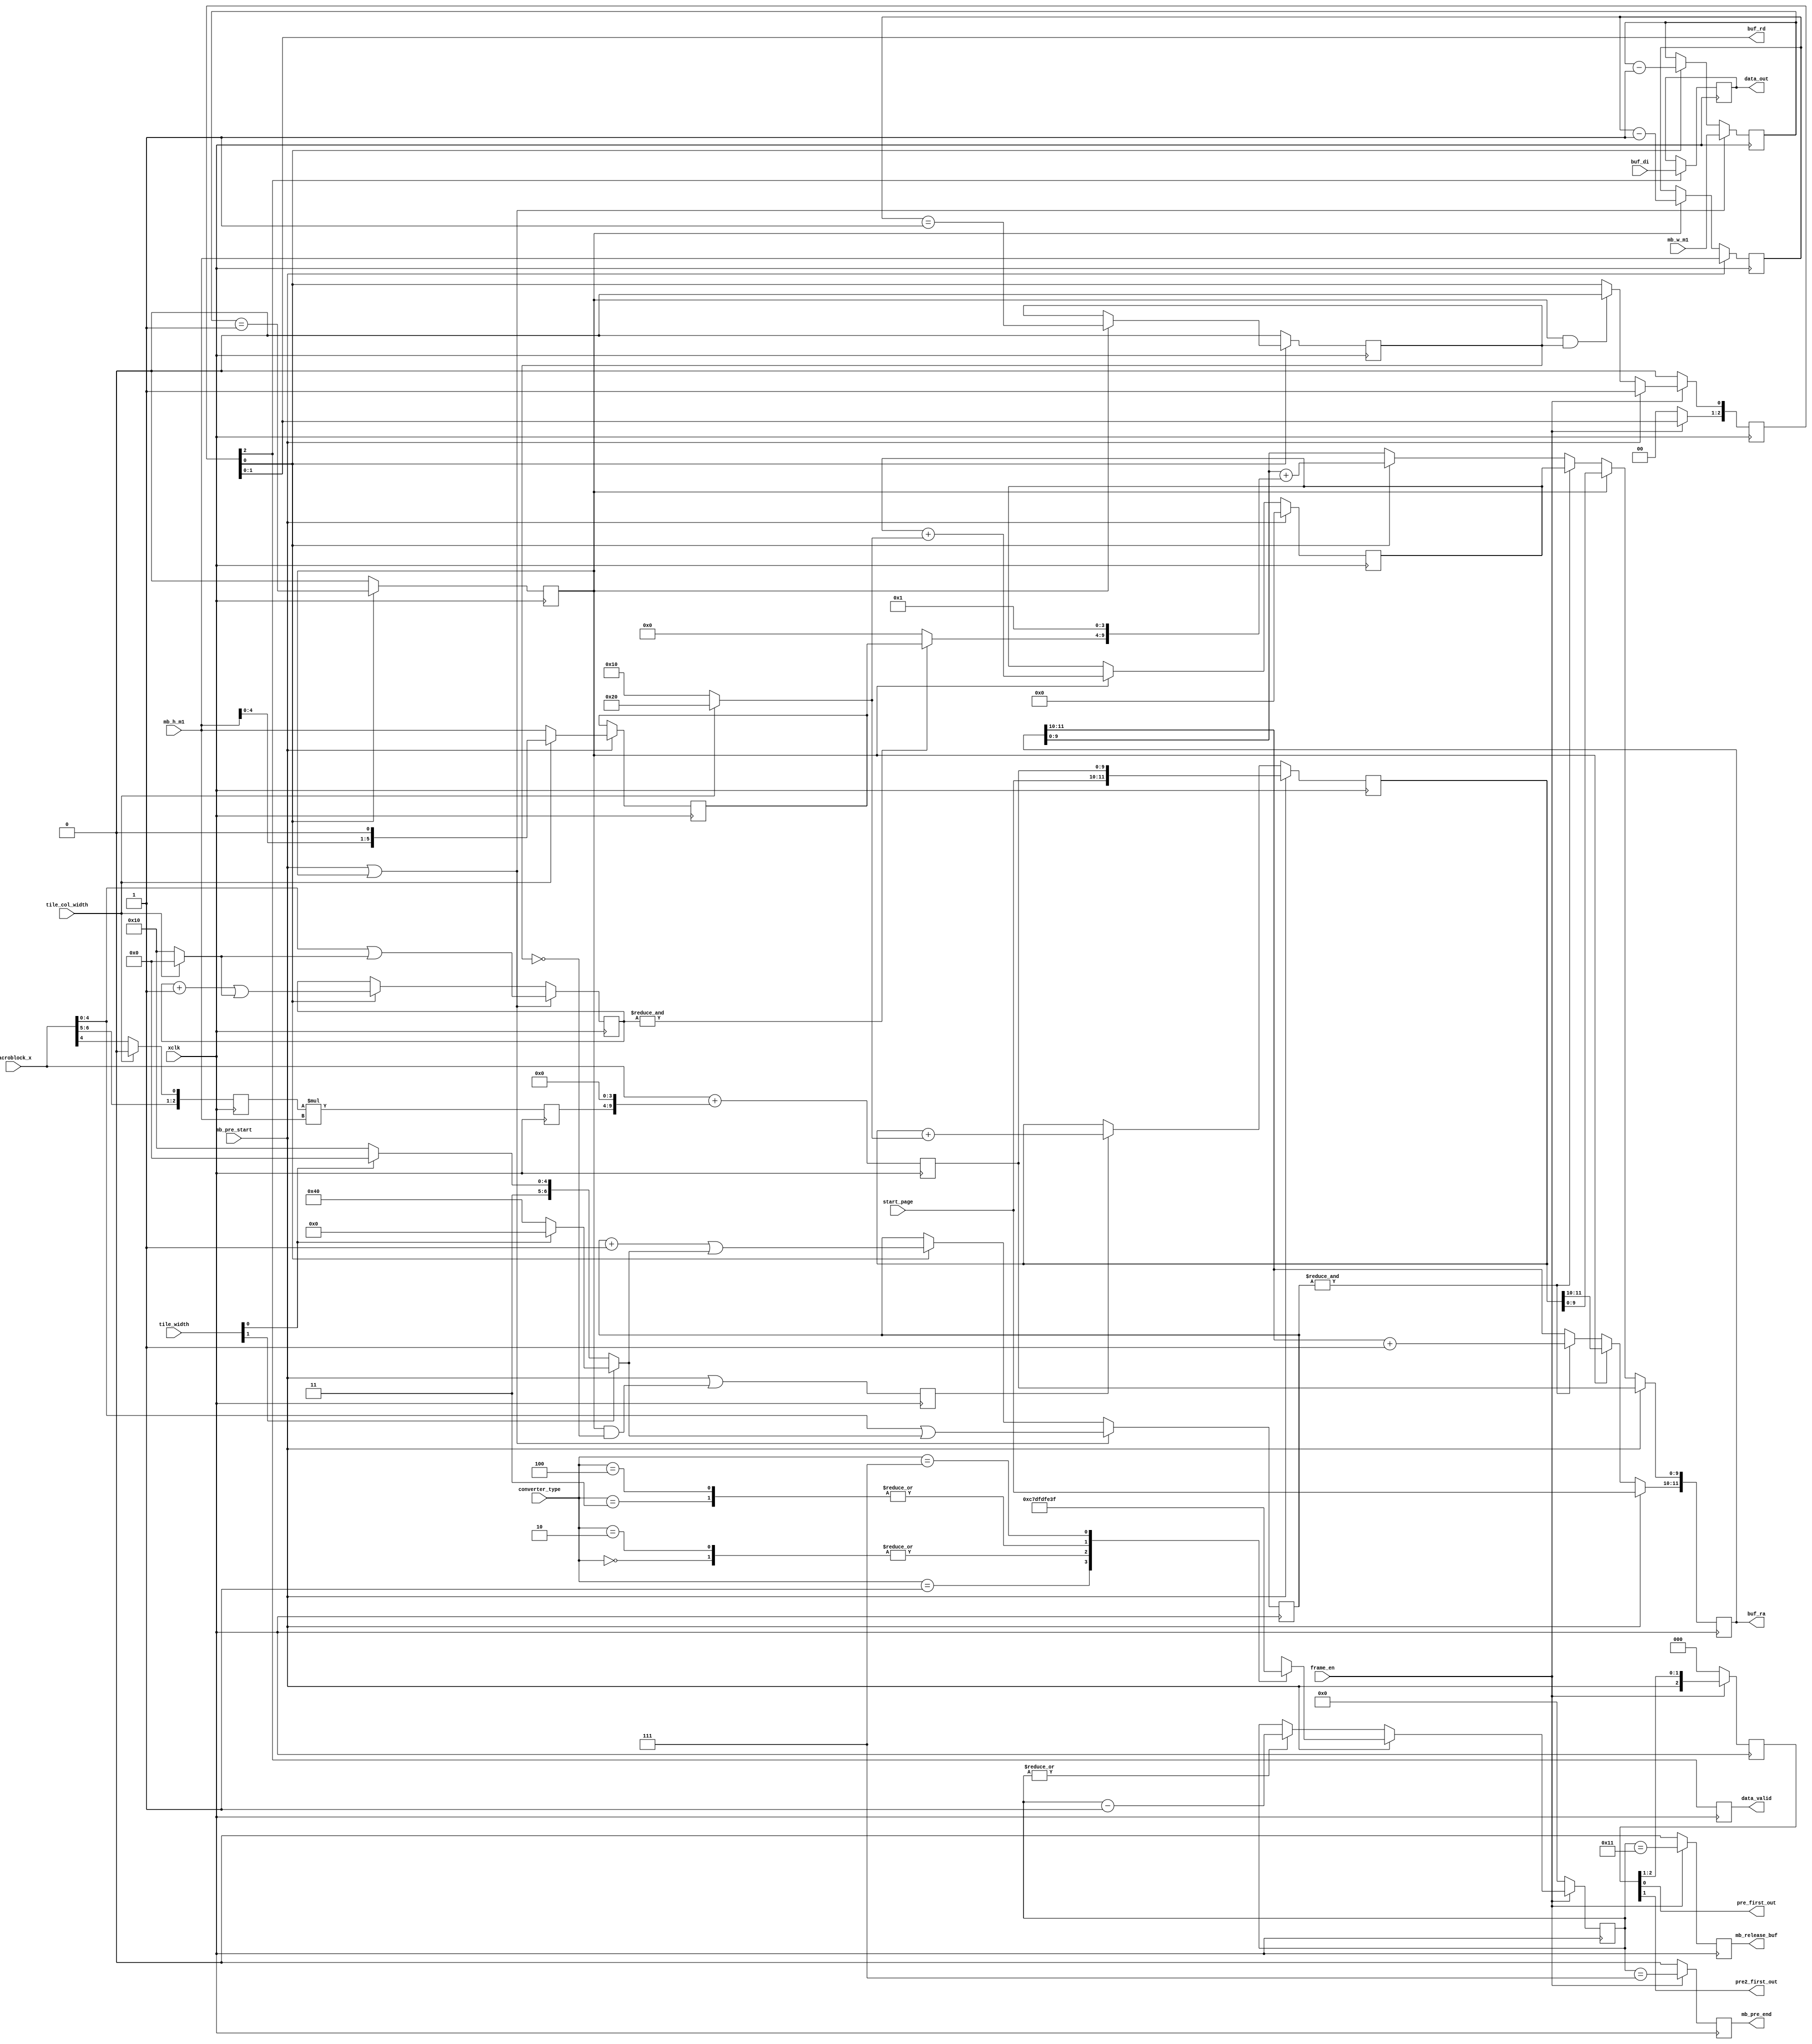
// This program was cloned from: https://github.com/Elphel/x393
// License: GNU General Public License v3.0

/*!
 * <b>Module:</b>cmprs_pixel_buf_iface
 * @file cmprs_pixel_buf_iface.v
 * @date 2015-06-11  
 * @author Andrey Filippov     
 *
 * @brief Communicates with compressor memory buffer, generates pixel
 * stream matching selected color mode, accommodates for the buffer latency,
 * acts as a pacemaker for the whole compressor (next stages are able to keep up).
 *
 * @copyright Copyright (c) 2015 Elphel, Inc.
 *
 * <b>License:</b>
 *
 * cmprs_pixel_buf_iface.v is free software; you can redistribute it and/or modify
 * it under the terms of the GNU General Public License as published by
 * the Free Software Foundation, either version 3 of the License, or
 * (at your option) any later version.
 *
 *  cmprs_pixel_buf_iface.v is distributed in the hope that it will be useful,
 * but WITHOUT ANY WARRANTY; without even the implied warranty of
 * MERCHANTABILITY or FITNESS FOR A PARTICULAR PURPOSE.  See the
 * GNU General Public License for more details.
 *
 * You should have received a copy of the GNU General Public License
 * along with this program.  If not, see <http://www.gnu.org/licenses/> .
 *
 * Additional permission under GNU GPL version 3 section 7:
 * If you modify this Program, or any covered work, by linking or combining it
 * with independent modules provided by the FPGA vendor only (this permission
 * does not extend to any 3-rd party modules, "soft cores" or macros) under
 * different license terms solely for the purpose of generating binary "bitstream"
 * files and/or simulating the code, the copyright holders of this Program give
 * you the right to distribute the covered work without those independent modules
 * as long as the source code for them is available from the FPGA vendor free of
 * charge, and there is no dependence on any encrypted modules for simulating of
 * the combined code. This permission applies to you if the distributed code
 * contains all the components and scripts required to completely simulate it
 * with at least one of the Free Software programs.
 */
`timescale 1ns/1ps

module  cmprs_pixel_buf_iface #(
        parameter CMPRS_PREEND_EARLY =      6, // TODO: adjust according to cmprs_macroblock_buf_iface latency. In
                                               // color18 mode this should be later than end of address run - (6*64>18*18)
                                               // "0" would generate pulse at eth same time as next macro mb_pre_start
        parameter CMPRS_RELEASE_EARLY =    16, // set to minimal actual latency in memory read, but not more than 
        parameter CMPRS_BUF_EXTRA_LATENCY = 0,  // extra register layers insered between the buffer and this module
        parameter CMPRS_COLOR18 =           0, // JPEG 4:2:0 with 18x18 overlapping tiles for de-bayer
        parameter CMPRS_COLOR20 =           1, // JPEG 4:2:0 with 18x18 overlapping tiles for de-bayer (not implemented)
        parameter CMPRS_MONO16 =            2, // JPEG 4:2:0 with 16x16 non-overlapping tiles, color components zeroed
        parameter CMPRS_JP4 =               3, // JP4 mode with 16x16 macroblocks
        parameter CMPRS_JP4DIFF =           4, // JP4DIFF mode TODO: see if correct
        parameter CMPRS_MONO8 =             7  // Regular JPEG monochrome with 8x8 macroblocks (not yet implemented)
        
    )(
    input             xclk,               // global clock input, compressor single clock rate
    input             frame_en,           // if 0 - will reset logic immediately (but not page number)
    // buffer interface, DDR3 memory read
    input      [ 7:0] buf_di,             // data from the buffer
    output     [11:0] buf_ra,             // buffer read address (2 MSB - page number)
    output     [ 1:0] buf_rd,             // buf {regen, re}
                                      // if running - will not restart a new frame if 0.
    input      [ 2:0] converter_type,    // 0 - color18, 1 - color20, 2 - mono, 3 - jp4, 4 - jp4-diff, 7 - mono8 (not yet implemented)
    input      [ 5:0] mb_w_m1,            // macroblock width minus 1
    input      [ 5:0] mb_h_m1,            // macroblock height minus 1
    input      [ 1:0] tile_width,         // memory tile width (can be 128 for monochrome JPEG)   Can be 32/64/128: 0 - 16, 1 - 32, 2 - 64, 3 - 128
    input             tile_col_width,     // 0 - 16 pixels,  1 -32 pixels
    // Tiles/macroblocks level (from cmprs_macroblock_buf_iface)
    output            mb_pre_end,         // just in time to start a new macroblock w/o gaps
    output            mb_release_buf,     // send required "next_page" pulses to buffer. Having rather long minimal latency in the memory
                                      // controller this can just be the same as mb_pre_end_in        
    input             mb_pre_start,       // 1 clock cycle before stream of addresses to the buffer
    input      [ 1:0] start_page,         // page to read next tile from (or first of several pages)
    input      [ 6:0] macroblock_x,       // macroblock left pixel x relative to a tile (page) Maximal page - 128 bytes wide.
                                          //  valid 3 cycles before mb_pre_start
    output reg [ 7:0] data_out,           //
    output            pre_first_out,      // For each macroblock in a frame
    output            pre2_first_out,     // 1 cycle before pre_first_out
    output reg        data_valid          //
);
    localparam PERIOD_COLOR18 = 384; // >18*18, limited by 6*64 (macroblocks)
    localparam PERIOD_COLOR20 = 400; // limited by the 20x20 padded macroblock
    localparam PERIOD_MONO16 =  384; // 6*64 - sends 2 of zeroed blobks
    localparam PERIOD_JP4 =     256; // 4*64 - exact match
    localparam PERIOD_JP4DIFF = 256; // TODO: see if correct
    localparam PERIOD_MONO8 =    64; // 1*64 - exact match - not yet implemented (normal mono JPEG)
    

    reg   [CMPRS_BUF_EXTRA_LATENCY+3:0] buf_re=0;
//    reg    [ 7:0] do_r;
    reg    [11:0] bufa_r;             // buffer read address (2 MSB - page number)
    reg    [11:0] row_sa;             // row start address
    reg    [ 9:0] tile_sa;            // tile start address for the same row (w/o page number) for continuing row
                                      // to the next tile. Valid @ first column (first column is always from the start tile)
    reg    [ 9:4] col_inc;            // address increment when crossing tile column (1 + (macroblock_height - 1) * tile_column_width)
                                      // inc by 1 - always
    reg    [ 5:0] cols_left;
    reg    [ 5:0] rows_left;
    reg    [ 6:0] tile_x;             // horizontal position in a tile
    reg    [ 4:0] column_x;           // horizontal position in a column (0..31 or 0..15)
    reg           last_col;           // macroblock last column
    reg           first_col;          // macroblock first column
    reg           last_row;           // macroblock last row
    
    wire          addr_run_end; // generate last cycle of address run
    wire   [ 6:0] tile_width_or; // set unused msb to all 1
    wire   [ 4:0] column_width_or;// set unused msb to all 1
    wire          last_in_col;    // last pixel in a tile column
    wire          last_in_tile;   // last pixel in a tile
    
    reg    [ 8:0] period_cntr;
    reg           mb_pre_end_r;
    reg           mb_release_buf_r;
    reg [CMPRS_BUF_EXTRA_LATENCY+2:0]  pre_first_out_r;
    
    reg    [ 2:0] mb_col_number; // number of tile column where macrobloc starts - valid 2 cycles before mb_pre_start
    wire   [ 9:0] extra_start_addr_w = mb_col_number * mb_h_m1; //added to mb_start_addr when non-zero column
    reg    [ 5:0] extra_start_addr_r;
    reg    [ 9:0] mb_start_addr; // was macroblock_x, noccrected for multi-column. valid with mb_pre_start
         
    assign buf_ra = bufa_r;
    assign tile_width_or=      tile_width[1]?(tile_width[0]?0:'h40):(tile_width[0]?'h60:'h70);
    assign column_width_or =   tile_col_width? 0: 'h10;
    assign last_in_col =       &column_x;
    assign last_in_tile =      &tile_x;
    assign addr_run_end =      last_col &&  last_row;

    assign mb_pre_end =        mb_pre_end_r;
    assign mb_release_buf =    mb_release_buf_r;
    assign buf_rd =            buf_re[1:0];
    assign pre_first_out =     pre_first_out_r[0];
    assign pre2_first_out =    pre_first_out_r[1];
`ifdef DEBUG_COMPRESSOR_SCRAMBLE
    wire [31:0] DBG_SCRAMBLED;
    scrambler #(
        .DATA_BYTE_WIDTH(4)
    ) scrambler_i (
        .clk      (xclk), // input wire 
        .rst      (mb_pre_start), // input wire 
        .val_in   (buf_re[CMPRS_BUF_EXTRA_LATENCY+2]), // input wire 
        .data_in  ({24'b0,buf_di}), // input[31:0] wire 
        .data_out (DBG_SCRAMBLED) // output[31:0] wire 
    );
`endif

    always @(posedge xclk) begin
        mb_col_number <= {macroblock_x[6:5],tile_col_width?1'b0:macroblock_x[4]};
        extra_start_addr_r <= extra_start_addr_w[5:0];
        mb_start_addr <= {3'b0,macroblock_x} + {extra_start_addr_r,4'b0};
    
        if      (!frame_en)     buf_re[0] <= 0;
        else if (mb_pre_start)  buf_re[0] <= 1'b1;
        else if (addr_run_end)  buf_re[0] <= 1'b0;
        
        if      (!frame_en)     buf_re[CMPRS_BUF_EXTRA_LATENCY+3:1] <= 0;
        else                    buf_re[CMPRS_BUF_EXTRA_LATENCY+3:1] <= {buf_re[CMPRS_BUF_EXTRA_LATENCY + 2:0]};

        // Buffer data read:
        if (buf_re[CMPRS_BUF_EXTRA_LATENCY+2]) data_out <= buf_di;
//mb_pre_start        
        if (!frame_en) pre_first_out_r <= 0;
        else           pre_first_out_r <= {mb_pre_start, pre_first_out_r[CMPRS_BUF_EXTRA_LATENCY + 2 : 1]}; 

        if      (mb_pre_start) rows_left <= mb_h_m1;
        else if (last_col)     rows_left <= rows_left - 1;

        if      (mb_pre_start || last_col) cols_left <= mb_w_m1;
        else if (buf_re[0])                cols_left <= cols_left - 1;
        
        if      (!frame_en)     buf_re[CMPRS_BUF_EXTRA_LATENCY+2:1] <= 0;
        
        if (!buf_re[0]) last_col <= 0;
        else            last_col <= (cols_left == 1);
        
        if    (!buf_re[0]) last_row <= 0;
        else if (last_col) last_row <= (rows_left == 1);

        first_col <= (mb_pre_start || (last_col && !last_row));
        
        if   (mb_pre_start) row_sa <= {start_page,mb_start_addr}; // macroblock_x};
        else if (first_col) row_sa <= row_sa + (tile_col_width ? 12'h20:12'h10);

        if  (mb_pre_start) tile_sa <= 0;
        else if (last_col) tile_sa <= tile_sa + (tile_col_width ? 10'h20:10'h10);
        
        if  (mb_pre_start) col_inc[9:4] <= (tile_col_width ?{mb_h_m1[4:0],1'b0} : {mb_h_m1}); // valid at first column
        
        if  (mb_pre_start || last_col) column_x <= macroblock_x[4:0] | column_width_or;
        else if (buf_re[0]) column_x <= (column_x + 1)               | column_width_or;

        if  (mb_pre_start || last_col) tile_x <= {2'b0,macroblock_x[4:0]} | tile_width_or;
        else if (buf_re[0])            tile_x <= (tile_x+1)               | tile_width_or;
        
        if      (mb_pre_start)          bufa_r[11:10] <=  start_page;
        else if (last_col)              bufa_r[11:10] <= row_sa[11:10]; // start_page;
        else if (last_in_tile)          bufa_r[11:10] <= bufa_r[11:10] + 1;
        
        // Most time critical - calculation of the buffer address
        if  (mb_pre_start)              bufa_r[9:0] <= {mb_start_addr}; // macroblock_x};
        else if (last_col)              bufa_r[9:0] <= row_sa[9:0]; // 'bx next cycle after AFTER mb_pre_start
        else if (last_in_tile)          bufa_r[9:0] <= tile_sa;
        else if (buf_re[0])             bufa_r[9:0] <= bufa_r[9:0] + {last_in_col?col_inc[9:4]:6'b0,4'b1};  
        
        // now just generate delayed outputs
        if      (!frame_en)     period_cntr <= 0;
        else if (mb_pre_start) begin
            case (converter_type[2:0])
                CMPRS_COLOR18: period_cntr <= PERIOD_COLOR18 - 1; // period = 384 - limited by 6*64, not by 18x18
                CMPRS_COLOR20: period_cntr <= PERIOD_COLOR20 - 1;
                CMPRS_MONO16:  period_cntr <= PERIOD_MONO16  - 1;
                CMPRS_JP4:     period_cntr <= PERIOD_JP4     - 1;
                CMPRS_JP4DIFF: period_cntr <= PERIOD_JP4DIFF - 1;
                CMPRS_MONO8:   period_cntr <= PERIOD_MONO8   - 1;
                default:       period_cntr <= 'bx;
            endcase
        end else if (|period_cntr) period_cntr <= period_cntr - 1;
        
        if (!frame_en) mb_pre_end_r     <= 0;
        else           mb_pre_end_r     <= (period_cntr == (CMPRS_PREEND_EARLY+1));
        
        if (!frame_en) mb_release_buf_r <= 0;
        else           mb_release_buf_r <= (period_cntr == (CMPRS_RELEASE_EARLY+1));
        
        data_valid <= buf_re[CMPRS_BUF_EXTRA_LATENCY+2];
        
    end
`ifdef SIMULATION
     reg [8:0] sim_dout_cntr;
     always @(posedge xclk)  begin
        if (!data_valid) sim_dout_cntr <= 0;
        else sim_dout_cntr <= sim_dout_cntr + 1;
        if (data_valid) begin
            $display("CMPRS INPUT %x:%x @ %t",sim_dout_cntr, data_out, $time);
        end
     end
`endif    
    
endmodule